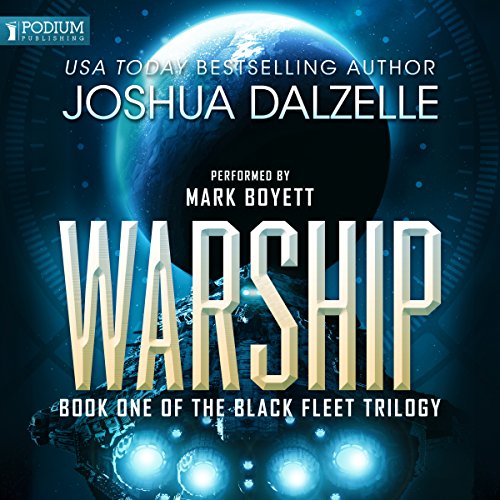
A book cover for Warship: Black Fleet Trilogy, Book 1; Joshua Dalzelle; Science Fiction & Fantasy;